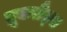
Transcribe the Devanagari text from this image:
ब्रूकलैंड्स